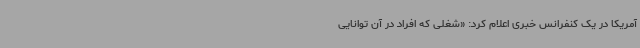
آمریکا در یک کنفرانس خبری اعلام کرد: «شغلی که افراد در آن توانایی